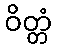
ဝိတ္တံ